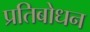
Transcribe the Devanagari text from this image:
प्रतिबोधन